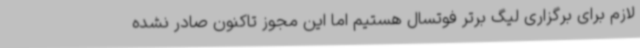
لازم برای برگزاری لیگ برتر فوتسال هستیم اما این مجوز تاکنون صادر نشده